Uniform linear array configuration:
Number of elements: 4
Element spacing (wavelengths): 0.75
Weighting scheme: hann
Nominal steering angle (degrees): -60
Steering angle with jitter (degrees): -58.646
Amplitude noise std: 0.05
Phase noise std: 0.05

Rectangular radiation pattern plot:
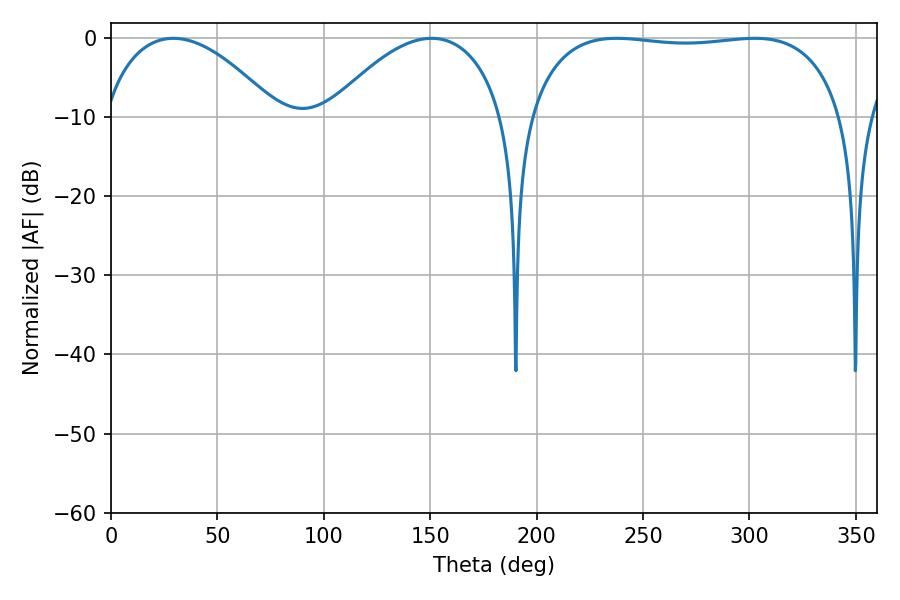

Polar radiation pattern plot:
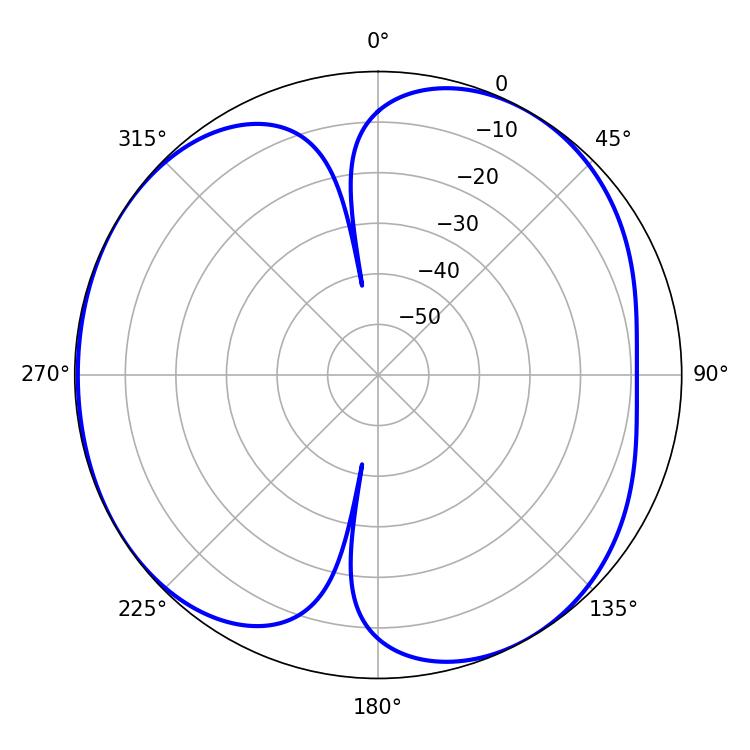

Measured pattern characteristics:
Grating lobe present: TRUE
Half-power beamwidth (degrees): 46.26
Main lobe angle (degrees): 29.34